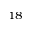
^ { 1 8 }